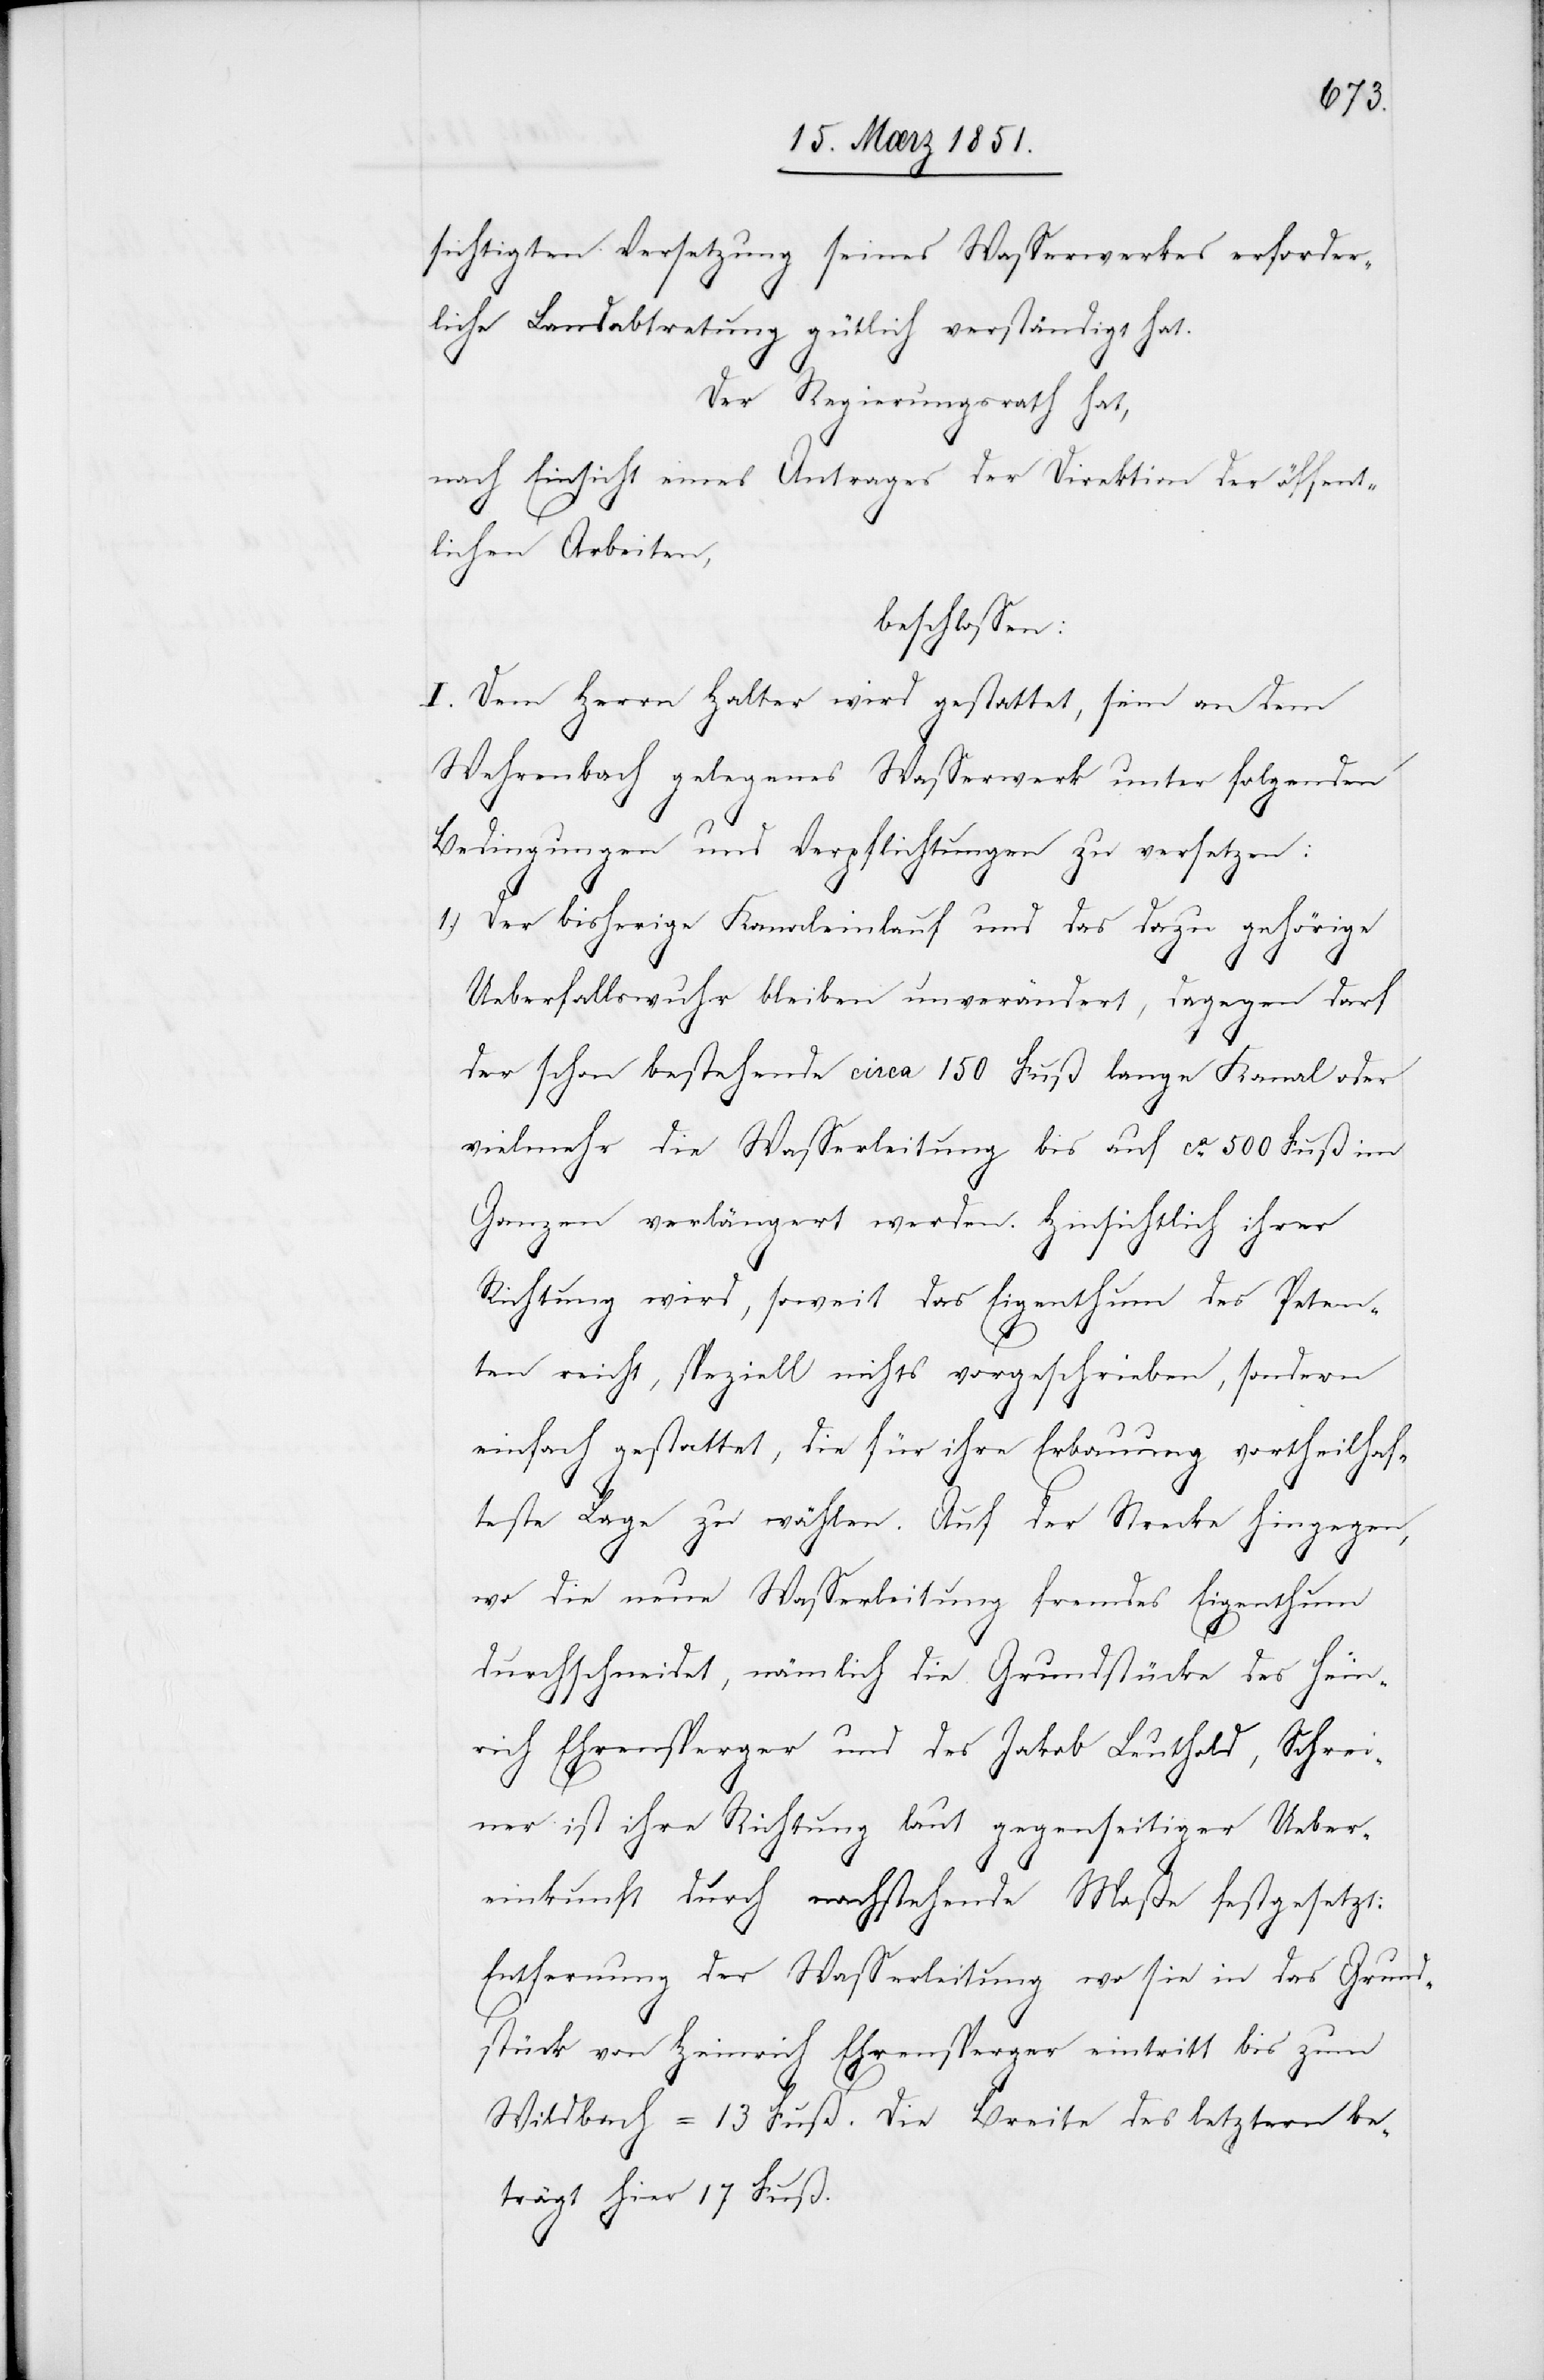
sichtigten Versetzung seines Wasserwerkes erforder¬
liche Landabtretung gütlich verständigt hat.
Der Regierungsrath hat,
nach Einsicht eines Antrages der Direktion der öffent¬
lichen Arbeiten,
beschlossen:
I. Dem Herrn Halter wird gestattet, sein an dem
Wehrenbach gelegenes Wasserwerk unter folgenden
Bedingungen und Verpflichtungen zu versetzen:
Der bisherige Kanaleinlauf und das dazu gehörige
1.)
Ueberfallswuhr bleiben unverändert, dagegen darf
der schon bestehende circa 150 Fuß lange Kanal oder
vielmehr die Wasserleitung bis auf ca. 500 Fuß im
Ganzen verlängert werden. Hinsichtlich ihrer
Richtung wird, soweit das Eigenthum des Peten¬
ten reicht, speziell nichts vorgeschrieben, sondern
einfach gestattet, die für ihre Erbauung vortheilhaf¬
teste Lage zu wählen. Auf der Strecke hingegen,
wo die neue Wasserleitung fremdes Eigenthum
durchschneidet, nämlich die Grundstücke des Hein¬
rich Ehrensperger und des Jakob Leuthold, Schrei¬
ner ist ihre Richtung laut gegenseitiger Ueber¬
einkunft durch nachstehende Maße festgesetzt:
Entfernung der Wasserleitung wo sie in das Grund¬
stück von Heinrich Ehrensperger eintritt bis zum
Wildbach = 13 Fuß. Die Breite des letztern be¬
trägt hier 17 Fuß.